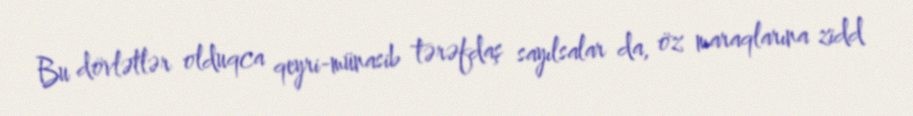
Bu dövlətlər olduqca qeyri-münasib tərəfdaş sayılsalar da, öz maraqlarına zidd